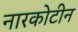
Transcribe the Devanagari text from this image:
नारकोटीन